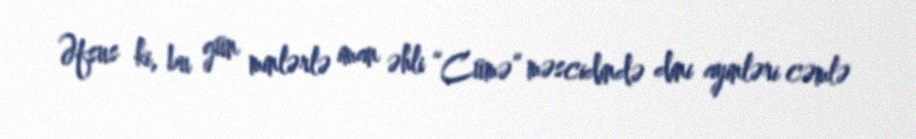
Əfsus ki, bu gün minlərlə iman əhli “Cümə” məscidində dini ayinləri cəmlə